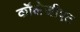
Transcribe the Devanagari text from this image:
कॉलेजीएट